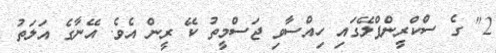
2" ގެ ސްކްރީންޕްލޭގައި ހިއްސާވި ޖަސްމީތު ކޭ ރީން އެވެ. އޭނާގެ އަލަތު